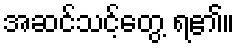
အဆင်သင့်တွေ့ ရ၏။